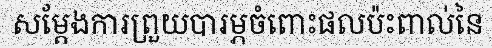
សម្តែងការព្រួយបារម្ភចំពោះផលប៉ះពាល់នៃ